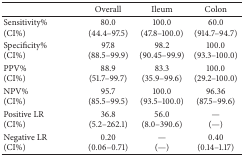
<table><thead><tr><td><b> </b></td><td><b>Overall</b></td><td><b>Ileum</b></td><td><b>Colon</b></td></tr></thead><tbody><tr><td>Sensitivity% (CI%)</td><td>80.0(44.4–97.5)</td><td>100.0(47.8–100.0)</td><td>60.0(914.7–94.7)</td></tr><tr><td>Specificity% (CI%)</td><td>97.8(88.5–99.9)</td><td>98.2(90.45–99.9)</td><td>100.0(93.3–100.0)</td></tr><tr><td>PPV% (CI%)</td><td>88.9(51.7–99.7)</td><td>83.3(35.9–99.6)</td><td>100.0(29.2–100.0)</td></tr><tr><td>NPV% (CI%)</td><td>95.7(85.5–99.5)</td><td>100.0(93.5–100.0)</td><td>96.36(87.5–99.6)</td></tr><tr><td>Positive LR(CI%)</td><td>36.8(5.2–262.1)</td><td>56.0(8.0–390.6)</td><td>— (—)</td></tr><tr><td>Negative LR(CI%)</td><td>0.20(0.06–0.71)</td><td>— (—)</td><td>0.40(0.14–1.17)</td></tr></tbody></table>